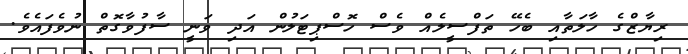
ރިޔާޒްގެ ހާލަތާއި ބެހޭ ތަފްސީލެއް ވެސް ހޮސްޕިޓަލުން އަދި ވަނީ ސާފުވާގޮތް ނުވެފައެވެ.